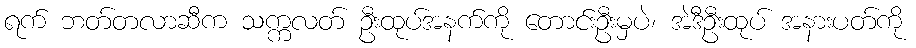
ရက် ဘတ်တလာဆီက သက္ကလတ် ဦးထုပ်အနက်ကို တောင်းဦးမှပဲ၊ အဲဒီဦးထုပ် အနားပတ်ကို